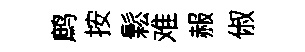
鹧按鬆难赧俶